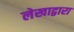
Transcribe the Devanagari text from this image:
लेखाद्वारा